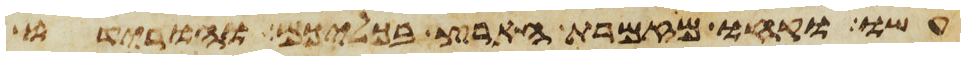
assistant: עשו קחו מזמרת הארץ בכליכם והורידו